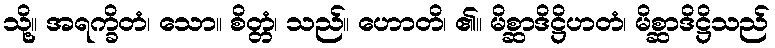
သို့။ အရက္ခိတံ၊ သော။ စိတ္တံ၊ သည်။ ဟောတိ၊ ၏။ မိစ္ဆာဒိဋ္ဌိဟတံ၊ မိစ္ဆာဒိဋ္ဌိသည်